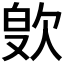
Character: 𪴭